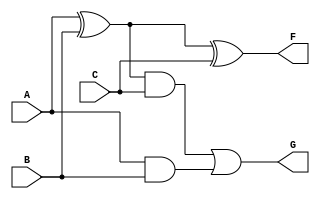
module Gate_1
(
    input A, 
    input B, 
    input C, 
    output F, 
    output G
);

    xor(XOR1,A,B);
    xor(F,XOR1,C);
    and(AND1,XOR1,C);
    and(AND2,A,B);
    or(G,AND1,AND2);

endmodule